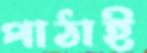
পাঠাই